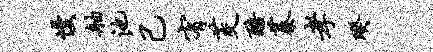
慢舳池己宥茭醅蓁孝暌